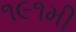
૧૯૧મી